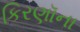
કિરણૉના